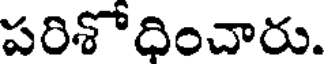
పరిశోధించారు.